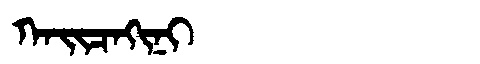
Manchu: ᡴᠠᡳᠴᠠᡴᡳᠨᡳ
Romanization: KAICAKINI